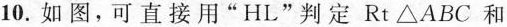
10.如图，可直接用”HL”判定Rt△ABC和